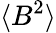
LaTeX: \langle B^{2}\rangle